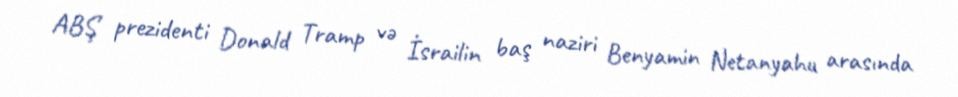
ABŞ prezidenti Donald Tramp və İsrailin baş naziri Benyamin Netanyahu arasında